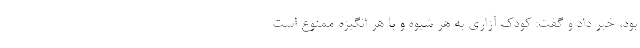
بود، خبر داد و گفت: کودک آزاری به هر شیوه و با هر انگیزه ممنوع است